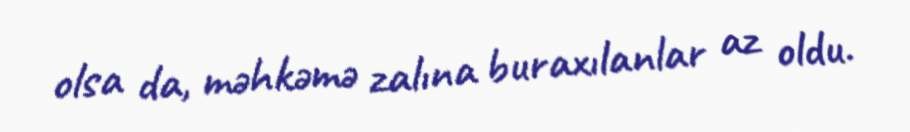
olsa da, məhkəmə zalına buraxılanlar az oldu.